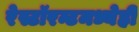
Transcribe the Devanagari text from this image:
रेस्टॉरन्टमध्येही